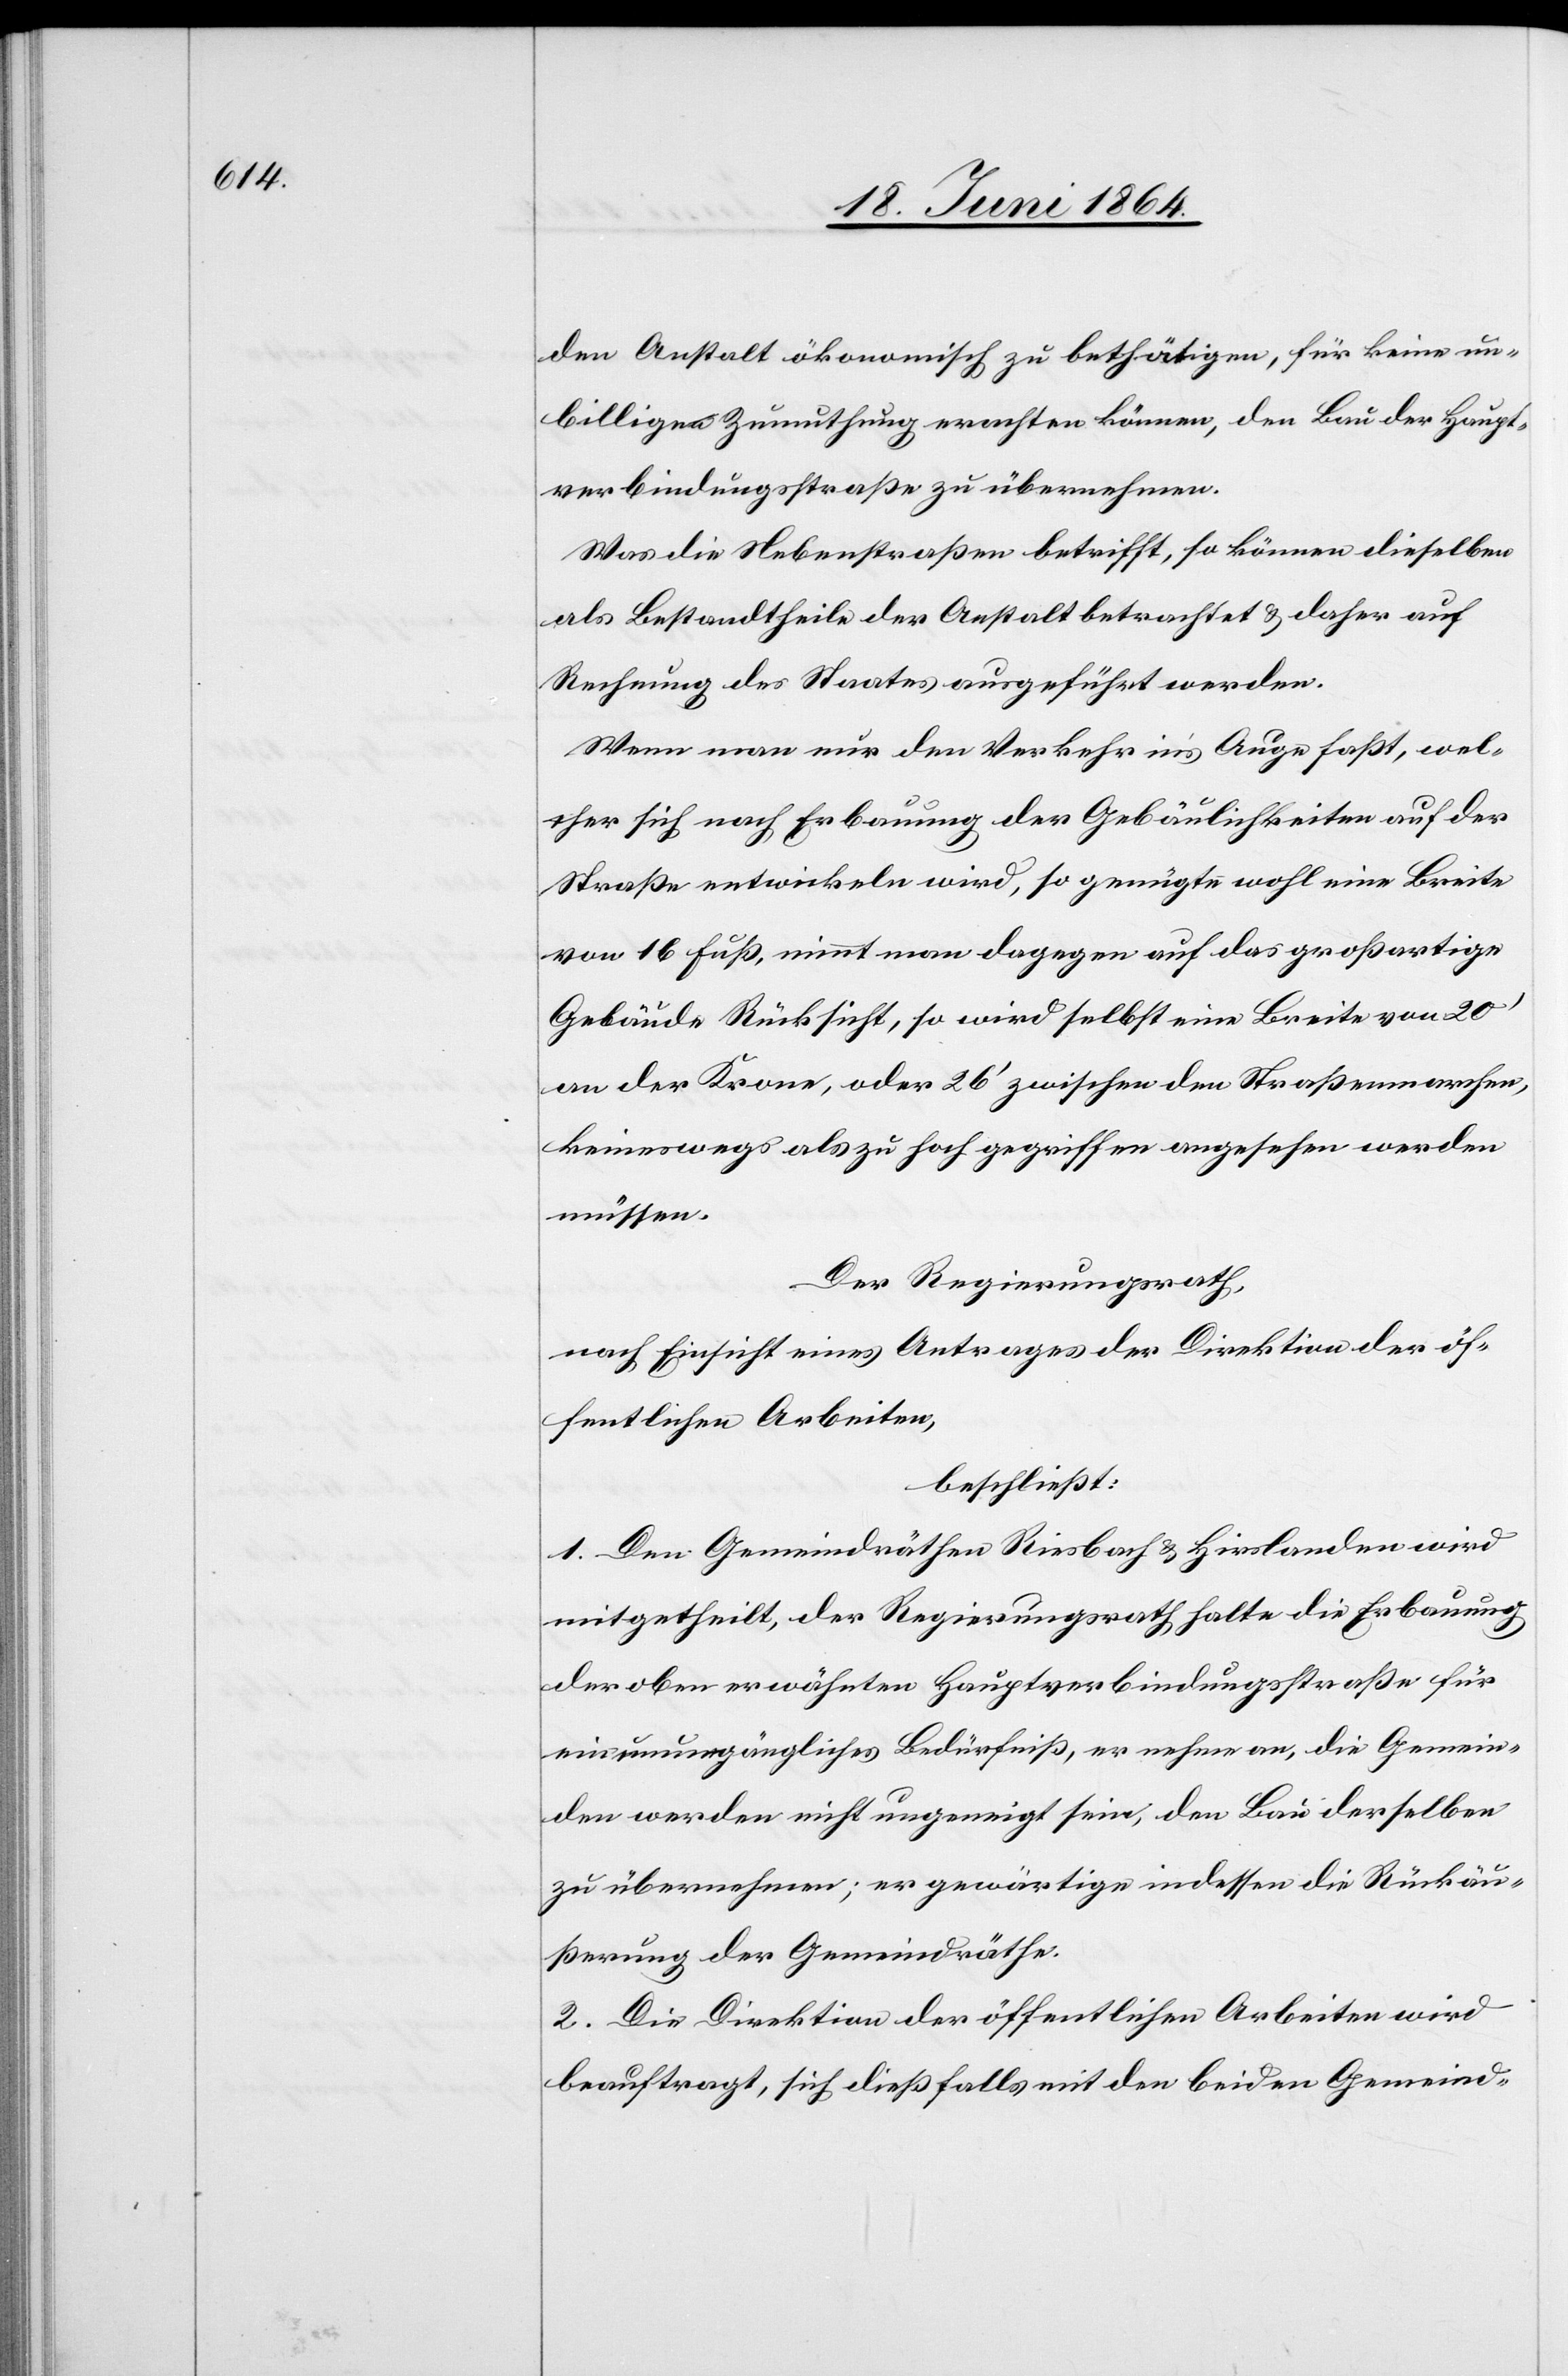
den Anstalt ökonomisch zu bethätigen, für keine un¬
billige Zumuthung erachten können, den Bau der Haupt¬
verbindungsstraße zu übernehmen.
Was die Nebenstraßen betrifft, so können dieselben
als Bestandtheile der Anstalt betrachtet u. daher auf
Rechnung des Staates ausgeführt werden.
Wenn man nur den Verkehr in’s Auge faßt, wel¬
cher sich nach Erbauung der Gebäulichkeiten auf der
Straße entwickeln wird, so genügte wohl eine Breite
von 16 Fuß, nimmt man dagegen auf das großartige
Gebäude Rücksicht, so wird selbst eine Breite von 20’
an der Krone, oder 26’ zwischen den Straßenmarchen,
keineswegs als zu hoch gegriffen angesehen werden
müssen.
Der Regierungsrath,
nach Einsicht eines Antrages der Direktion der öf¬
fentlichen Arbeiten,
beschließt:
1. Den Gemeindräthen Riesbach u. Hirslanden wird
mitgetheilt, der Regierungsrath halte die Erbauung
der oben erwähnten Hauptverbindungsstraße für
ein unumgängliches Bedürfniß, er nehme an, die Gemein¬
den werden nicht ungeneigt sein, den Bau derselben
zu übernehmen; er gewärtige indessen die Rückäu¬
ßerung der Gemeindräthe.
2. Die Direktion der öffentlichen Arbeiten wird
beauftragt, sich dießfalls mit den beiden Gemeind-